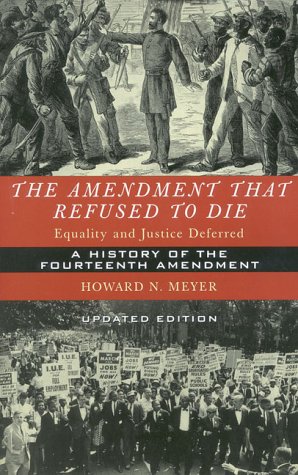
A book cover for The Amendment that Refused to Die: Equality and Justice Deferred: The History of the Fourteenth Amendment; Howard Meyer; Law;